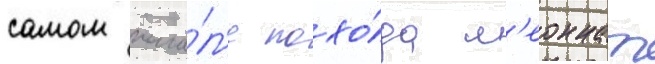
самом нача́л'е похо́да л'еоннат